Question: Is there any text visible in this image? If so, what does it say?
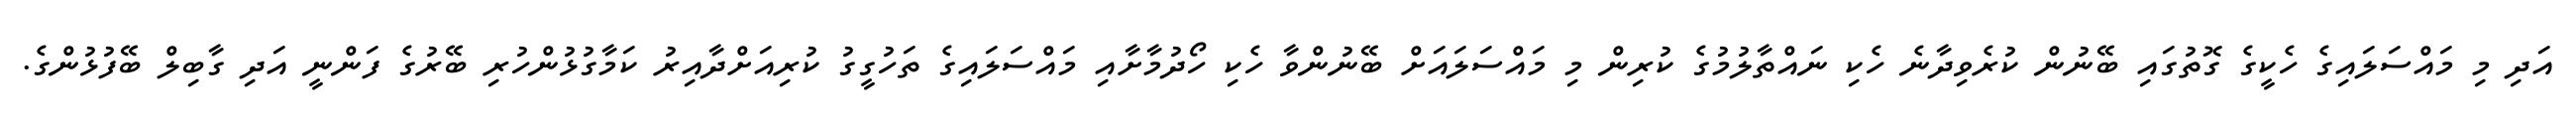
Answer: އަދި މި މައްސަލައިގެ ހެކީގެ ގޮތުގައި ބޭނުން ކުރެވިދާނެ ހެކި ނައްތާލުމުގެ ކުރިން މި މައްސަލައަށް ބޭނުންވާ ހެކި ހޯދުމާށާއި މައްސަލައިގެ ތަހުގީގު ކުރިއަށްދާއިރު ކަމާގުޅުންހުރި ބޭރުގެ ފަންނީ އަދި ގާބިލް ބޭފުޅުންގެ.